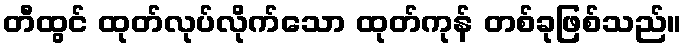
တီထွင် ထုတ်လုပ်လိုက်သော ထုတ်ကုန် တစ်ခုဖြစ်သည်။